Annual statistical returns and brief notes on vaccination in Bengal - 1909-1929
Year: 1909
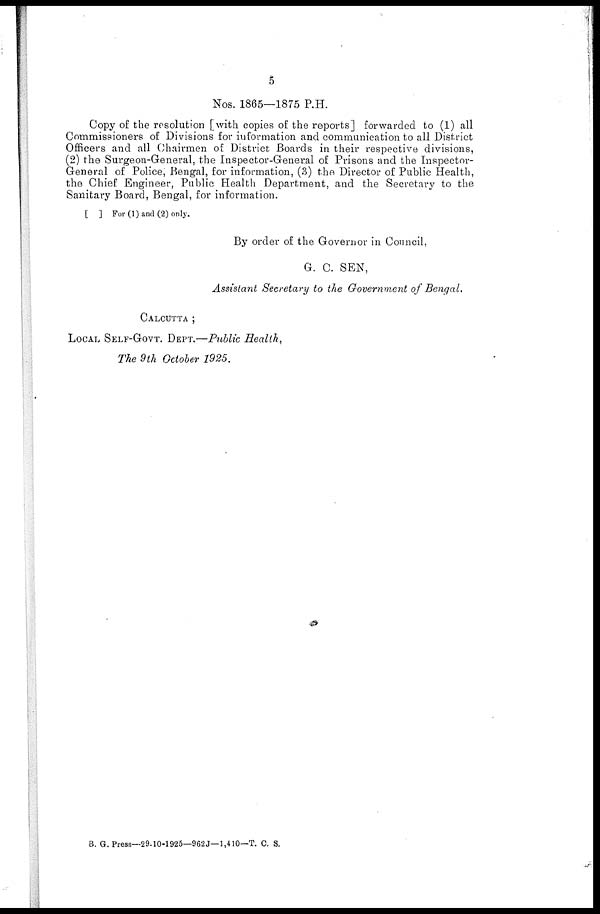
5
Nos. 1865—1875 P.H.
Copy of the resolution [with copies of the reports] forwarded to (1) all
Commissioners of Divisions for information and communication to all District
Officers and all Chairmen of District Boards in their respective divisions,
(2) the Surgeon-General, the Inspector-General of Prisons and the Inspector-
General of Police, Bengal, for information, (3) the Director of Public Health,
the Chief Engineer, Public Health Department, and the Secretary to the
Sanitary Board, Bengal, for information.
[ ] For (1) and (2) only.
By order of the Governor in Council,
G. C. SEN,
Assistant Secretary to the Government of Bengal.
CALCUTTA ;
LOCAL SELF-GOVT. DEPT.—Public Health,
The 9th October 1925.
B. G. Press—29-10-1925—962J—1,410— T. C. S.